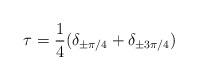
LaTeX: \begin{align*}\tau = \frac{1}{4}(\delta_{\pm \pi/4}+\delta_{\pm 3\pi/4})\end{align*}